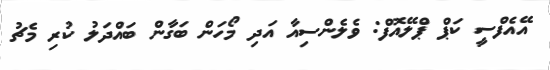
އޭއެފްސީ ކަޕް ޕްލޭއޮފް: ވެލެންސިއާ އަދި މޯހަން ބަގާން ބައްދަލު ކުރި މެޗު